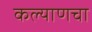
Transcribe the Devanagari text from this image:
कल्याणचा